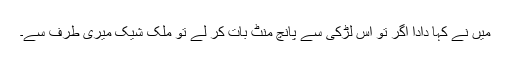
میں نے کہا دادا اگر تو اس لڑکی سے پانچ منٹ بات کر لے تو ملک شیک میری طرف سے۔